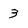
Character: 3